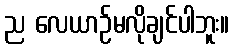
ည လေယာဉ်မလိုချင်ပါဘူး။